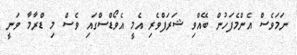
ނަމަވެސް އެންމެފަހުން ބޭއްވި ޝަރަފްވެރި އެމީ އެވޯޑްސްގައި ވެސް މި ޑްރާމާ ވަނީ